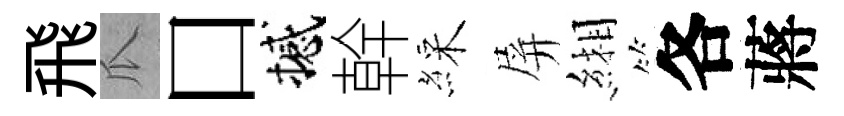
飛瓜口撼幹綵屏緗各蔣